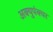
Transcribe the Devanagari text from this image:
अक्युपंक्चर